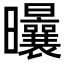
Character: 𣌝